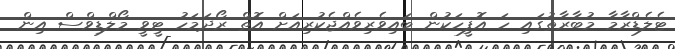
ޓެލެޑްރާމާ މުބާރާތުގައި ހަ އޮފީހަކުން ބައިވެރިވެއްޖެކުރިއަށް އޮތް ރޯދަމަހު ޓީވީ މޯލްޑިވްސް އިން